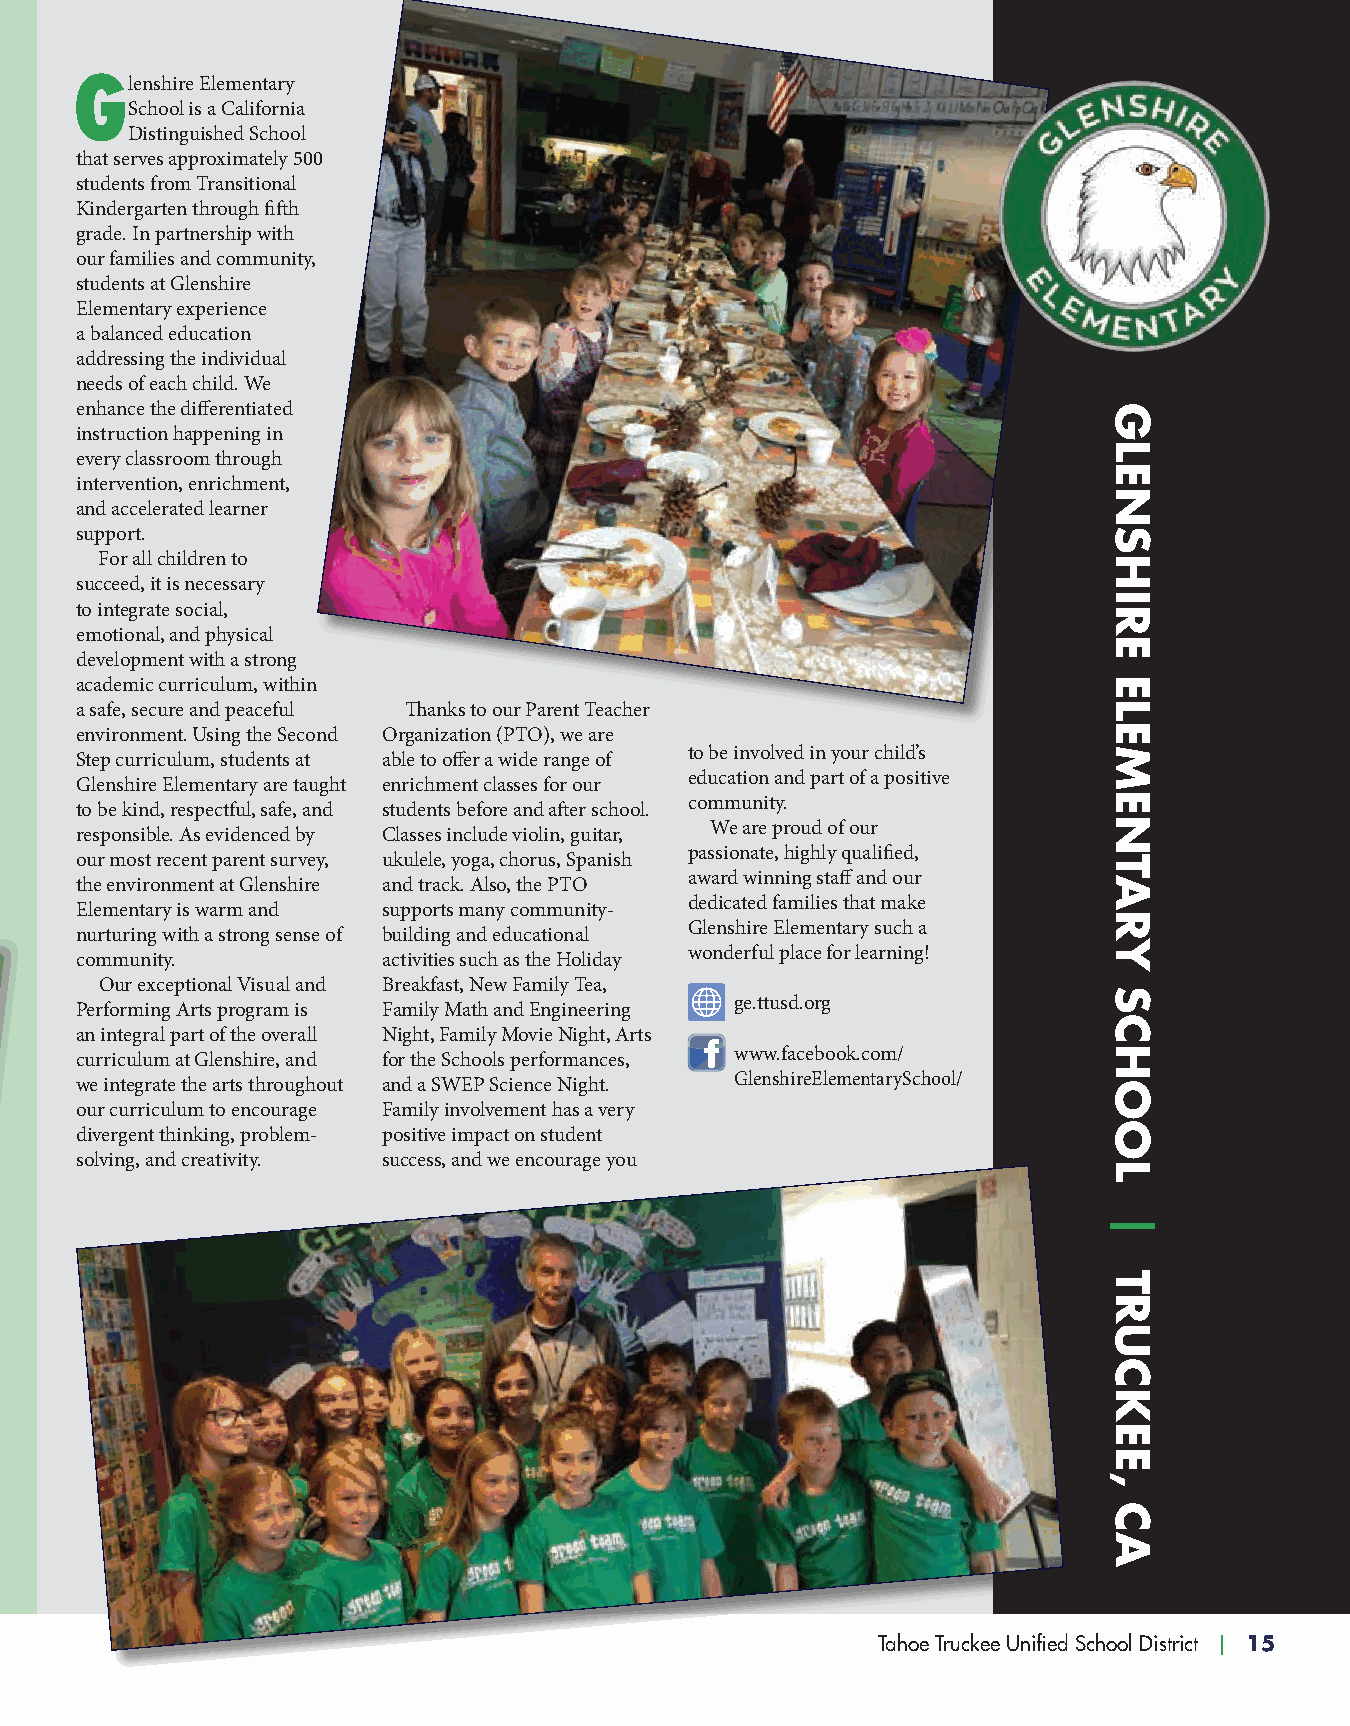
glenshire Elementary
 School is a California
 Distinguished School
 that serves approximately 500
 students from Transitional
 Kindergarten through fifth
 grade. In partnership with
 our families and community,
 students at Glenshire
 Elementary experience
 a balanced education
 addressing the individual
 needs of each child. We
 enhance the differentiated
 instruction happening in
 every classroom through
 intervention, enrichment,
 and accelerated learner
 support.
 For all children to
 succeed, it is necessary
 to integrate social,
 emotional, and physical
 development with a strong
 academic curriculum, within
 a safe, secure and peaceful Thanks to our Parent Teacher
 environment. Using the Second Organization (PTO), we are
 Step curriculum, students at able to offer a wide range of to be involved in your child’s
 Glenshire Elementary are taught enrichment classes for our education and part of a positive
 to be kind, respectful, safe, and students before and after school. community.
 responsible. As evidenced by Classes include violin, guitar, We are proud of our
 our most recent parent survey, ukulele, yoga, chorus, Spanish passionate, highly qualified,
 the environment at Glenshire and track. Also, the PTO award winning staff and our
 Elementary is warm and supports many community- dedicated families that make
 nurturing with a strong sense of building and educational Glenshire Elementary such a
 community.          activities such as the Holiday wonderful place for learning!
 Our exceptional Visual and Breakfast, New Family Tea,
 Performing Arts program is Family Math and Engineering ge.ttusd.org
 an integral part of the overall Night, Family Movie Night, Arts
 curriculum at Glenshire, and for the Schools performances, www.facebook.com/
 we integrate the arts throughout and a SWEP Science Night. GlenshireElementarySchool/
 our curriculum to encourage Family involvement has a very
 divergent thinking, problem- positive impact on student
 solving, and creativity. success, and we encourage you
 Tahoe Truckee Unified School District | 15
 GLENSHIRE
 ELEMENTARY
 SCHOOL
 |
 TRUCKEE,
 CA